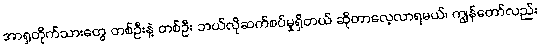
အာရှတိုက်သားတွေ တစ်ဦးနဲ့ တစ်ဦး ဘယ်လိုဆက်စပ်မှုရှိတယ် ဆိုတာလေ့လာရမယ်၊ ကျွန်တော်လည်း